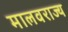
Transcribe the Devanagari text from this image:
मालवराज्य